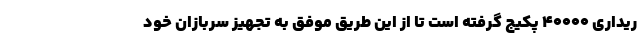
ریداری 40000 پکیج گرفته است تا از این طریق موفق به تجهیز سربازان خود